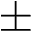
\pm